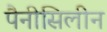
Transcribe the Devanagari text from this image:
पैनीसिलीन